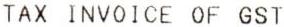
TAX INVOICE OF GST